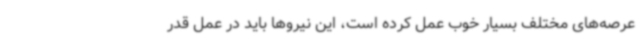
عرصه‌های مختلف بسیار خوب عمل کرده است، این نیروها باید در عمل قدر